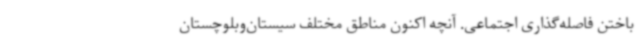
باختن فاصله‌گذاری اجتماعی. آنچه اکنون مناطق مختلف سیستان‌وبلوچستان